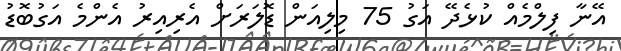
އޭނާ ފިލްމެއް ކުޅެދޭ އަގު 75 މިލިއަން ޑޮލަރަށް އެރިއިރު އެންމެ އަގުބޮޑު